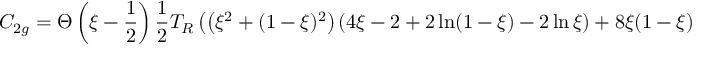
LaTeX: C _ { 2 g } = \Theta \left( \xi - \frac { 1 } { 2 } \right) \frac { 1 } { 2 } T _ { R } \left( \left( \xi ^ { 2 } + ( 1 - \xi ) ^ { 2 } \right) ( 4 \xi - 2 + 2 \ln ( 1 - \xi ) - 2 \ln \xi ) + 8 \xi ( 1 - \xi ) ( 1 - 2 \xi ) ) \right) \, ,